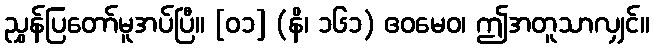
ညွှန်ပြတော်မူအပ်ပြီ။ [၀၁] (နိ၊ ၁၆၁) ဧဝမေဝ၊ ဤအတူသာလျှင်။